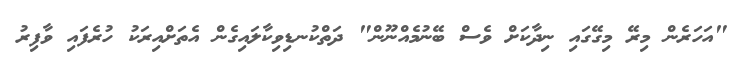
"އަހަރެން މިރޭ މިގޭގައި ނިދާކަށް ވެސް ބޭނުމެއްނޫން" ދަތްކުނޑިވިކާލައިގެން އެތަށްއިރަކު ހުރެފައި ވާފިރު